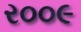
ર૦૦૯